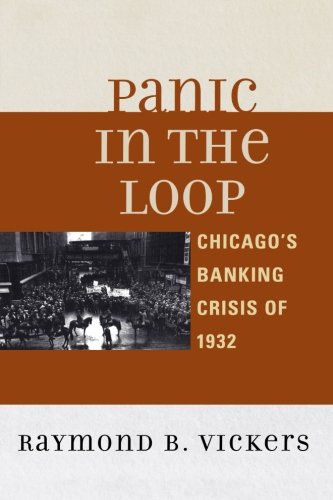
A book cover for Panic in the Loop: Chicago's Banking Crisis of 1932; Raymond B. Vickers; Business & Money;